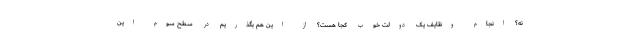
نه؟ انجام وظایف یک دولت خوب کجا هست؟ از این هم بگذریم در سطح سوم این